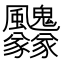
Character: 𩙢